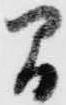
間